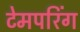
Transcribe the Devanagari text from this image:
टेमपरिंग